Annual report of the Punjab Veterinary College and of the Civil Veterinary Department, Punjab - 1920-1925
Year: 1920
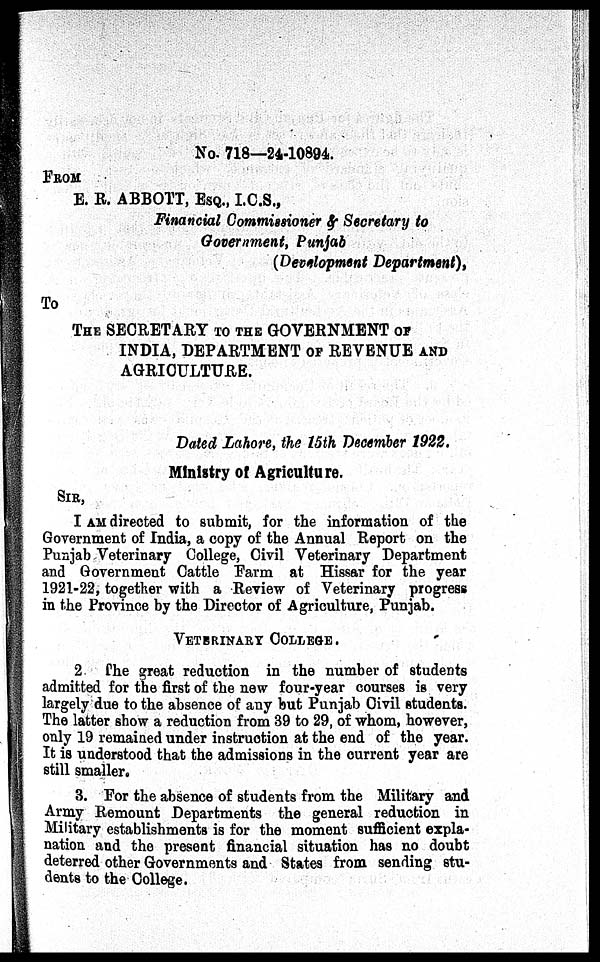
No. 718—24-10894.
FROM
E. R. ABBOTT, ESQ., I.C.S.,
Financial Commissioner & Secretary to
Government, Punjab
(Development Department),
To
THE SECRETARY TO THE GOVERNMENT OF
INDIA, DEPARTMENT OF REVENUE AN
Dated Lahore, the 15th December 1922.
Ministry of Agriculture.
SIR,
I AM directed to submit, for the information of the
Government of India, a copy of the Annual Report on the
Punjab Veterinary College, Civil Veterinary Department
and Government Cattle Farm at Hissar for the year
1921-22, together with a Review of Veterinary progress
in the Province by the Director of Agriculture, Punjab.
VETERINARY COLLEGE.
2. The great reduction in the number of students
admitted for the first of the new four-year courses is very
largely due to the absence of any but Punjab Civil students.
The latter show a reduction from 39 to 29, of whom, however,
only 19 remained under instruction at the end of the year.
It is understood that the admissions in the current year are
still smaller.
3. For the absence of students from the Military and
Army Remount Departments the general reduction in
Military establishments is for the moment sufficient expla-
nation and the present financial situation has no doubt
deterred other Governments and States from sending stu-
dents to the College.